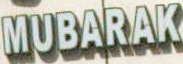
MUBARAK